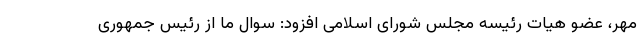
مهر، عضو هیات رئیسه مجلس شورای اسلامی افزود: سوال ما از رئیس جمهوری